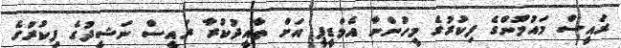
ރައީސް މައުމޫންގެ ފިކުރުގެ މީހުންނާ އެމްޑީޕީ އަށް ތާއީދުކުރާ ރައީސް ނަޝީދުގެ ފިކުރުގެ